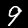
Digit: 9